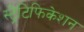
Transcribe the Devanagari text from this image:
स्ट्रैटिफिकेशन